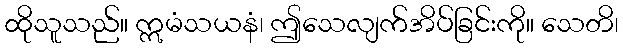
ထိုသူသည်။ ဣမံသယနံ၊ ဤသေလျက်အိပ်ခြင်းကို။ သေတိ၊